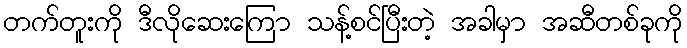
တက်တူးကို ဒီလိုဆေးကြော သန့်စင်ပြီးတဲ့ အခါမှာ အဆီတစ်ခုကို